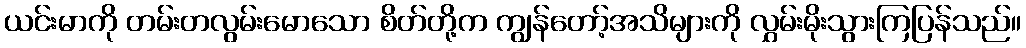
ယင်းမာကို တမ်းတလွမ်းမောသော စိတ်တို့က ကျွန်တော့်အသိများကို လွှမ်းမိုးသွားကြပြန်သည်။